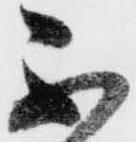
不